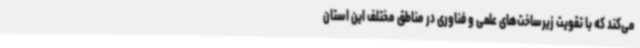
می‌کند که با تقویت زیرساخت‌های علمی و فناوری در مناطق مختلف این استان